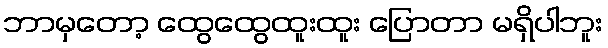
ဘာမှတော့ ထွေထွေထူးထူး ပြောတာ မရှိပါဘူး